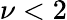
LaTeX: \nu<2